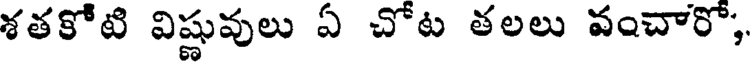
శతకోటి విష్ణువులు ఏ చోట తలలు వంచారో,